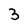
Character: 3